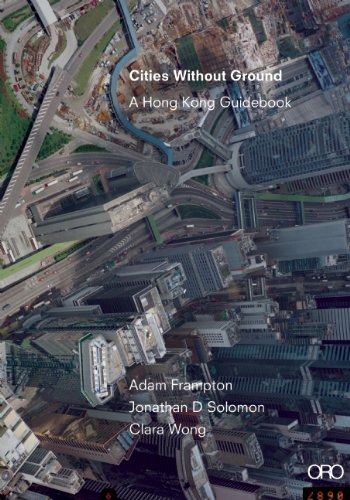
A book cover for Cities Without Ground: A Hong Kong Guidebook; Adam Frampton; Arts & Photography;